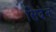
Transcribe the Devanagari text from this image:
सिदेन